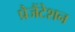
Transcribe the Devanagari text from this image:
प्रैजैंटेशन